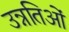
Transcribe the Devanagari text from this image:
उन्नतिओं